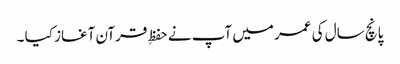
پانچ سال کی عمر میں آپ نے حفظِ قرآن آغاز کیا ۔